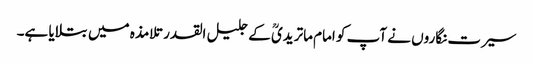
سیرت نگاروں نے آپ کو امام ماتریدیؒ کے جلیل القدر تلامذہ میں بتلایا ہے۔